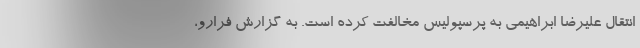
انتقال علیرضا ابراهیمی به پرسپولیس مخالفت کرده است. به گزارش فرارو،